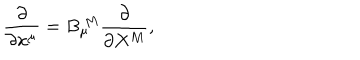
\frac { \partial } { \partial x ^ { \mu } } = B _ { \mu } ^ { ~ M } \frac { \partial } { \partial X ^ { M } } ,